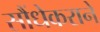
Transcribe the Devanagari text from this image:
सौंधेकराने